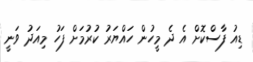
ޑިއު ފާސްކޮށް އެ ދެ މީހުން ހައްޔަރު ކުރުމަށް ފަހު މިއަދު ވަނީ